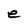
Character: e